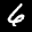
Digit: 6